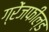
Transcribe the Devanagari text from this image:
ग्रेंजफील्ड